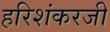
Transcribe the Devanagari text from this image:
हरिशंकरजी